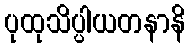
ပုထုသိပ္ပါယတနာနိ